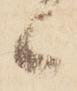
候